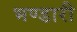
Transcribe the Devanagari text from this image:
भण्‍डारी